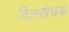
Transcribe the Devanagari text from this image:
दिलखेचक